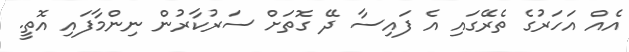
އެއް އަހަރުގެ ތެރޭގައި އެ ފައިސާ ދޭ ގޮތަށް ސަރުކާރުން ނިންމާފައި އޮތީ.